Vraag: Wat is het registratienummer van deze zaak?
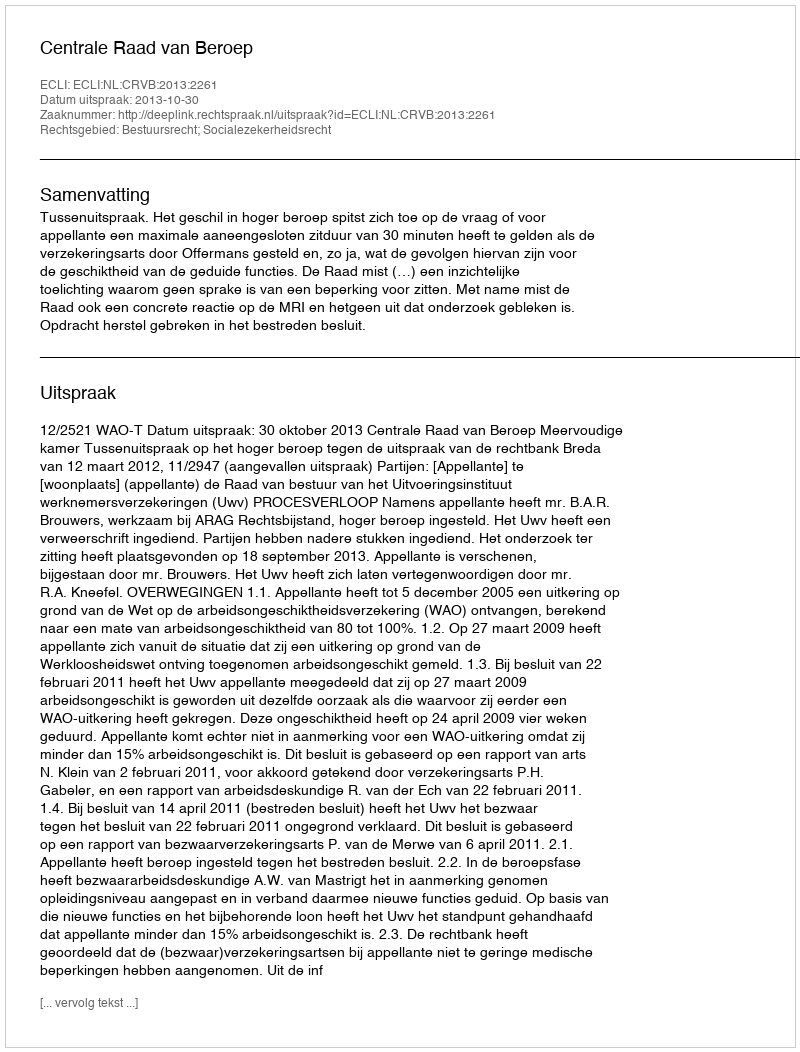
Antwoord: http://deeplink.rechtspraak.nl/uitspraak?id=ECLI:NL:CRVB:2013:2261